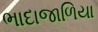
ભાદાજાળિયા